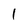
Character: l